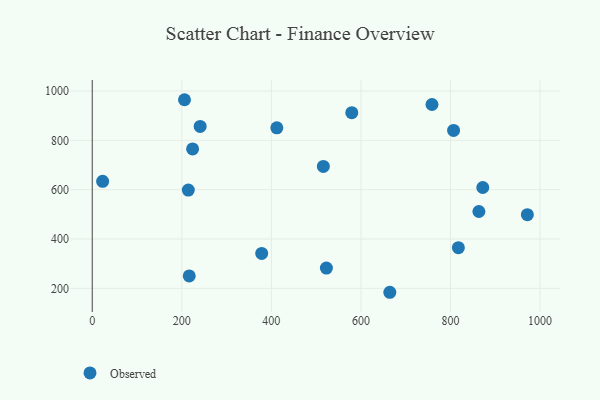
{"axis": {"x": "Ad Spend", "y": "Yield"}, "legend": ["Observed"], "data": [{"x": "579.6", "y": 912.2, "type": "Observed"}, {"x": "241.0", "y": 856.3, "type": "Observed"}, {"x": "224.1", "y": 765.1, "type": "Observed"}, {"x": "216.6", "y": 250.5, "type": "Observed"}, {"x": "806.9", "y": 840.2, "type": "Observed"}, {"x": "863.4", "y": 511.6, "type": "Observed"}, {"x": "971.7", "y": 498.7, "type": "Observed"}, {"x": "412.2", "y": 850.7, "type": "Observed"}, {"x": "817.6", "y": 365.1, "type": "Observed"}, {"x": "872.1", "y": 608.9, "type": "Observed"}, {"x": "664.5", "y": 184.2, "type": "Observed"}, {"x": "206.0", "y": 964.6, "type": "Observed"}, {"x": "758.7", "y": 945.3, "type": "Observed"}, {"x": "516.1", "y": 694.4, "type": "Observed"}, {"x": "378.4", "y": 341.8, "type": "Observed"}, {"x": "522.9", "y": 282.1, "type": "Observed"}, {"x": "214.5", "y": 598.6, "type": "Observed"}, {"x": "23.2", "y": 634.0, "type": "Observed"}]}